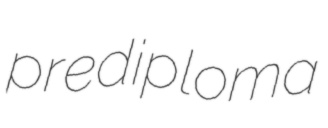
prediploma